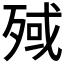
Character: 𣨤